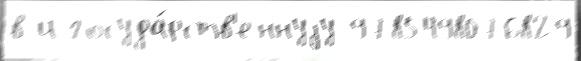
в и госуда́рств'еннуjу 9785498076829